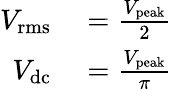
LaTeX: \begin{array}{rl}{V_{\mathrm{rms}}}&{{}={\frac{V_{\mathrm{peak}}}{2}}}\\ {V_{\mathrm{dc}}}&{{}={\frac{V_{\mathrm{peak}}}{\pi}}}\end{array}